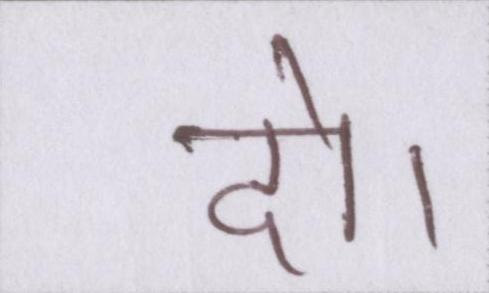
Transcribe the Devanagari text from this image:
दो।